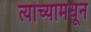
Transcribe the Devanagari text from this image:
त्यांच्यामधून